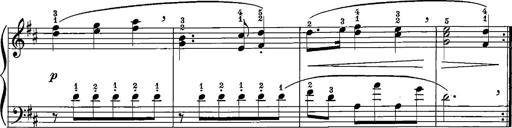
Title: 12 Sonatinas
Composer: Ignaz Pleyel